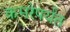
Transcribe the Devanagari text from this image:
कमरेपर्यंत